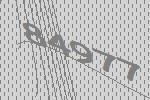
84977